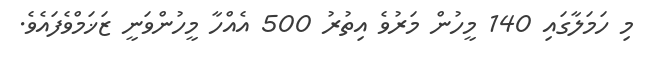
މި ހަމަލާގައި 140 މީހުން މަރުވެ އިތުރު 500 އެއްހާ މީހުންވަނީ ޒަޚަމްވެފައެވެ.